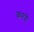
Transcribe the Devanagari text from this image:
करये